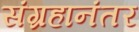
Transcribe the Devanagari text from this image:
संग्रहानंतर